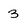
Character: 3